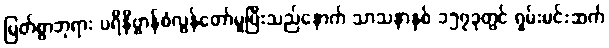
မြတ်စွာဘုရား ပရိနိဗ္ဗာန်စံလွန်တော်မူပြီးသည်နောက် သာသနာနှစ် ၁၅၇ခုတွင် ရှမ်းမင်းဆက်